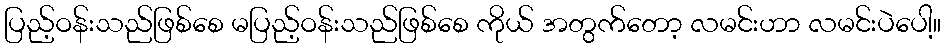
ပြည့်ဝန်းသည်ဖြစ်စေ မပြည့်ဝန်းသည်ဖြစ်စေ ကိုယ် အတွက်တော့ လမင်းဟာ လမင်းပဲပေါ့။